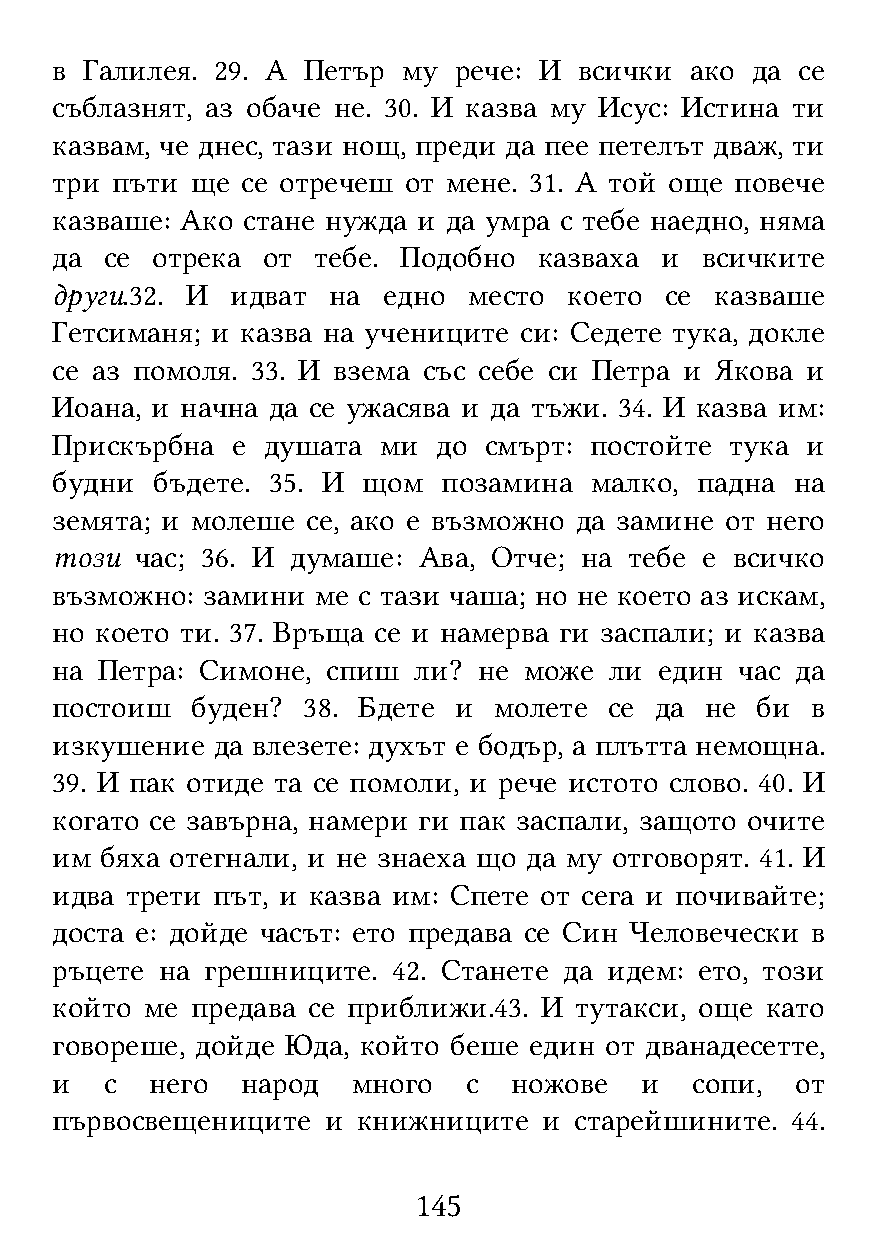
в Галилея. 29. А Петър  му рече: И всички  ако да се
 съблазнят, аз обаче не. 30. И казва му Исус: Истина ти
 казвам, че днес, тази нощ, преди да пее петелът дваж, ти
 три пъти  ще се отречеш от мене. 31. А той още повече
 казваше: Ако стане нужда и да умра с тебе наедно, няма
 да  се отрека от  тебе. Подобно  казваха и всичките
 други.32. И идват  на едно  место  което се казваше
 Гетсиманя; и казва на учениците си: Седете тука, докле
 се аз помоля. 33. И взема със себе си Петра и Якова и
 Иоана, и начна да се ужасява и да тъжи. 34. И казва им:
 Прискърбна  е душата  ми  до смърт: постойте тука и
 будни  бъдете. 35. И щом  позамина  малко, падна  на
 земята; и молеше се, ако е възможно да замине от него
 този  час; 36. И думаше: Ава, Отче; на тебе е всичко
 възможно: замини  ме с тази чаша; но не което аз искам,
 но което ти. 37. Връща се и намерва ги заспали; и казва
 на Петра: Симоне,  спиш ли?  не може ли  един час да
 постоиш   буден? 38. Бдете и  молете се да  не би  в
 изкушение  да влезете: духът е бодър, а плътта немощна.
 39. И пак отиде та се помоли, и рече истото слово. 40. И
 когато се завърна, намери ги пак заспали, защото очите
 им  бяха отегнали, и не знаеха що да му отговорят. 41. И
 идва трети път, и казва им: Спете от сега и почивайте;
 доста е: дойде часът: ето предава се Син Человечески в
 ръцете  на грешниците. 42. Станете да идем: ето, този
 който  ме предава се приближи.43. И тутакси, още като
 говореше, дойде Юда, който беше един от дванадесетте,
 и   с  него  народ  много   с  ножове  и   сопи,  от
 първосвещениците  и  книжниците  и старейшините. 44.
 145